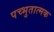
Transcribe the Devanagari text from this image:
पच्भुतात्मक